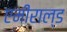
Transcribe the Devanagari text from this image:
एमीराल्ड